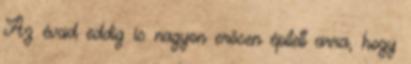
Az évad eddig is nagyon erősen épített arra, hogy